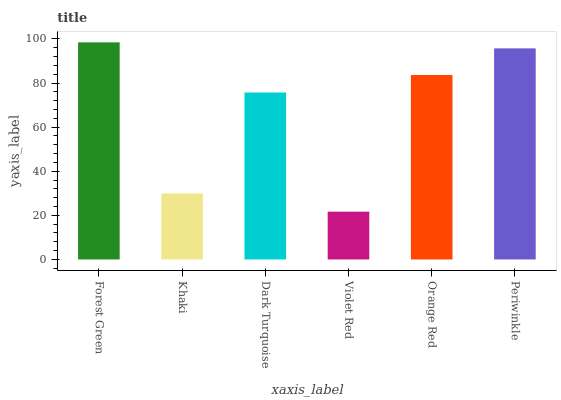
| xaxis_label | bars |
 | --- | --- |
 | Forest Green | 98.4 |
 | Khaki | 29.9 |
 | Dark Turquoise | 75.7 |
 | Violet Red | 21.7 |
 | Orange Red | 83.6 |
 | Periwinkle | 95.7 |